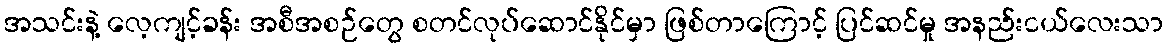
အသင်းနဲ့ လေ့ကျင့်ခန်း အစီအစဉ်တွေ စတင်လုပ်ဆောင်နိုင်မှာ ဖြစ်တာကြောင့် ပြင်ဆင်မှု အနည်းငယ်လေးသာ